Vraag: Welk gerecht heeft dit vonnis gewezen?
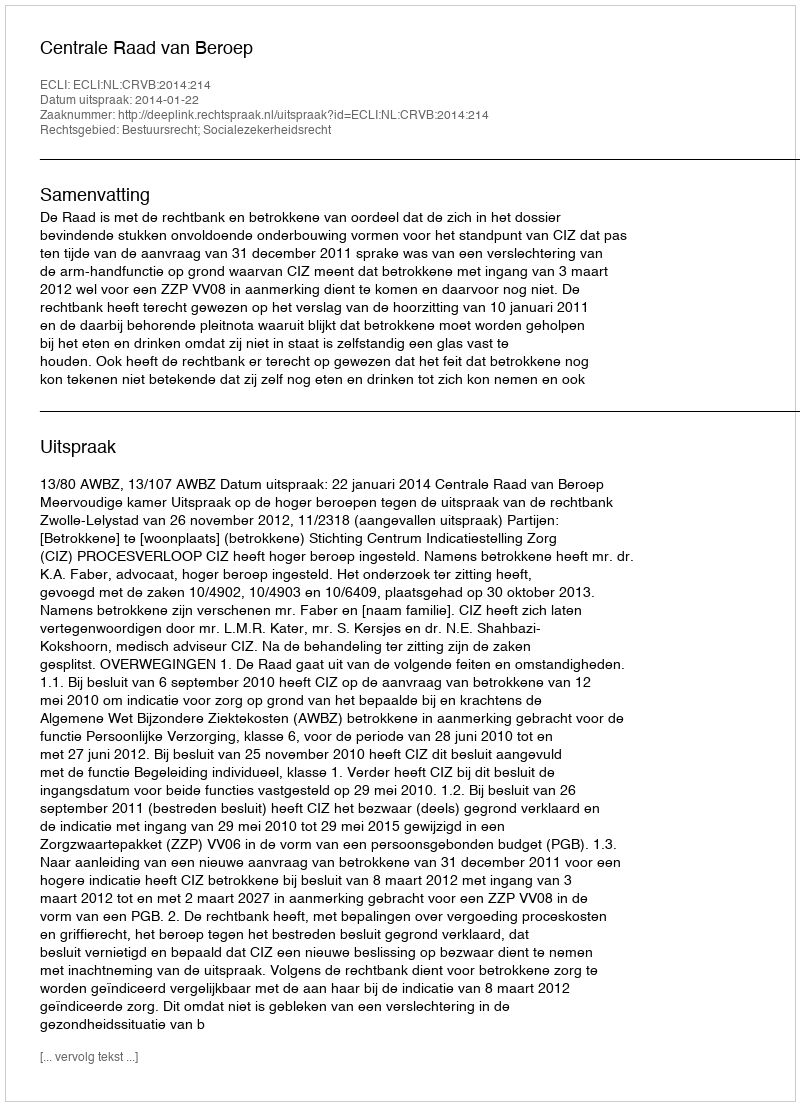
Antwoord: Centrale Raad van Beroep